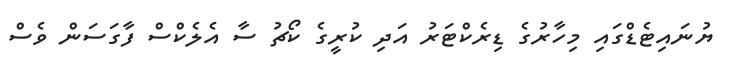
ޔުނައިޓެޑްގައި މިހާރުގެ ޑިރެކްޓަރު އަދި ކުރީގެ ކޯޗު ސާ އެލެކްސް ފާގަސަން ވެސް